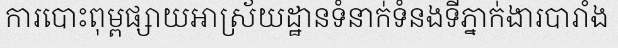
ការបោះពុម្ពផ្សាយអាស្រ័យដ្ឋានទំនាក់ទំនងទីភ្នាក់ងារបារាំង